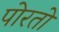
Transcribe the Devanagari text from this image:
पोरतो